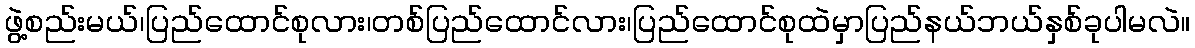
ဖွဲ့စည်းမယ်၊ပြည်ထောင်စုလား၊တစ်ပြည်ထောင်လား၊ပြည်ထောင်စုထဲမှာပြည်နယ်ဘယ်နှစ်ခုပါမလဲ။